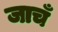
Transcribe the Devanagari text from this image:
जाचँ